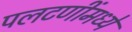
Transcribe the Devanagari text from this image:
पलटणींमध्ये